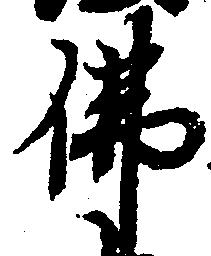
仏